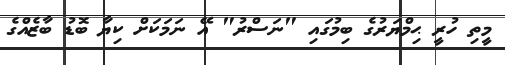
މީތި ހުރީ ޙިމްޔަރުގެ ބިމުގައި "ނަސްރު" އޭ ނަމަކަށް ކިޔާ ބޮޑު ބާޒެއްގެ